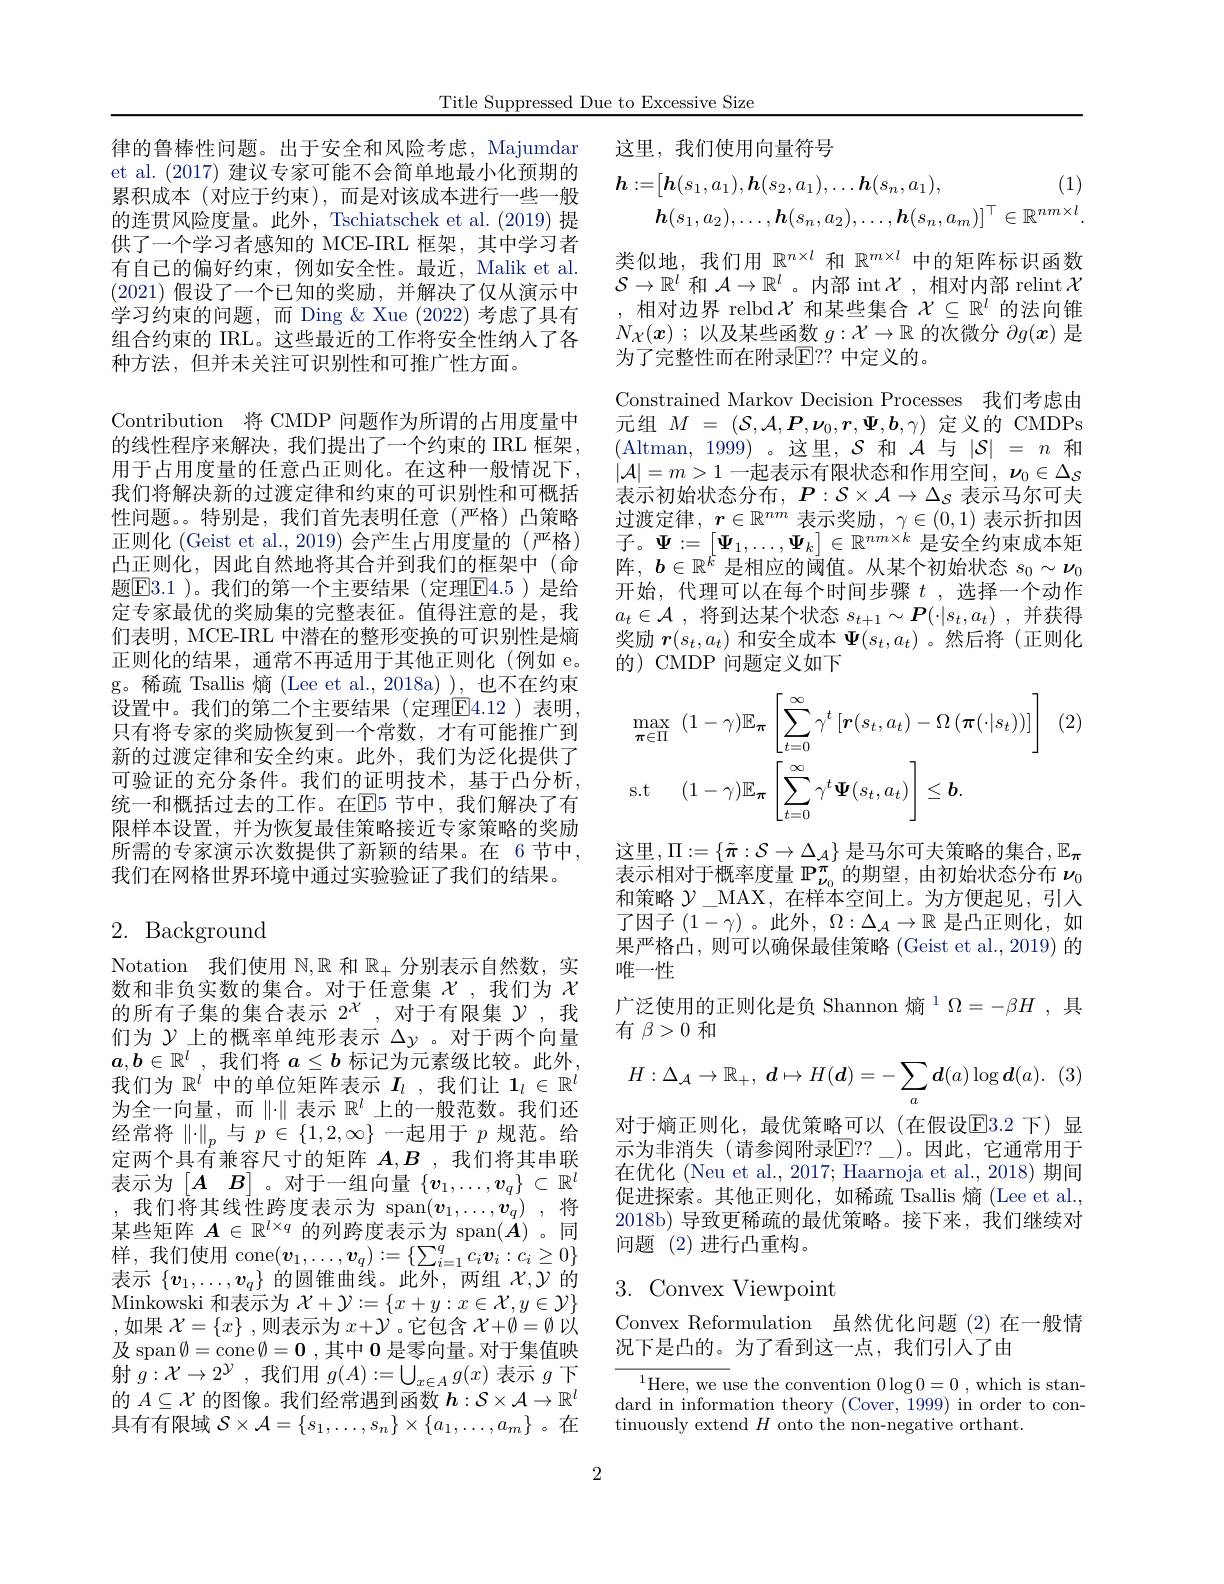
Notation 我们使用$\mathbb{N},\mathbb{R}$和$\mathbb{R}_+$分别表示自然数，实数和非负实数的集合。对于任意集$\chi$ ,我们为$\chi$ 的所有子集的集合表示 2$^{\chi}$,对于有限集$\mathcal{Y}$ ,我们为$\mathcal{Y}$上的概率单纯形表示$\Delta y$ 。对于两个向量$a,b\in\mathbb{R}^l$ ,我们将 $a\leq b$ 标记为元素级比较。此外， 我们为$\mathbb{R}^i$中的单位矩阵表示$I_l$ ,我们让$1_l\in\mathbb{R}^l$ 为全一向量，而$\|\cdot\|$表示$\mathbb{R}^l$上的一般范数。我们还经常将$\|\cdot\|_p$与$p\in\{1,2,\infty\}$一起用于$p$规范。给定两个具有兼容尺寸的矩阵$A,B$ ,我们将其串联表示为$\begin{bmatrix}A&B\end{bmatrix}$。对于一组向量$\{v_1,\ldots,v_q\}\subset\mathbb{R}^l$ ,我们将其线性跨度表示为 span$( \boldsymbol{v}_1, \ldots , \boldsymbol{v}_q) $,将某些矩阵$A\in\mathbb{R}^l\times q$的列跨度表示为 span$(\boldsymbol{A})$ 。同样，我们使用 cone$(\boldsymbol v_1,\ldots,\boldsymbol v_q):=\{\sum_{i=1}^qc_i\boldsymbol v_i:c_i\geq0\}$ 表示$\{v_1,\ldots,v_q\}$的圆锥曲线。此外，两组$\mathcal{X},\mathcal{Y}$的$\mathop{\mathrm{Minkowski~}}$和表示为$\mathcal{X}+\mathcal{Y}:=\{x+y:x\in\mathcal{X},y\in\mathcal{Y}\}$ ,如果$\mathcal{X}=\{x\}$ ,则表示为$x+\mathcal{Y}$ 。它包含$\mathcal{X}+\emptyset=\emptyset$以及 span$\emptyset=$cone$\emptyset=\mathbf{0}$,其中 $\mathbf{0}$ 是零向量。对于集值映射$g:\mathcal{X}\to2^{\mathcal{Y}}$ ,我们用$g(A):=\bigcup_x\in Ag(x)$表示$g$下的$A\subseteq\mathcal{X}$的图像。我们经常遇到函数$h:\mathcal{S}\times\mathcal{A}\to\mathbb{R}^l$ 具有有限域$\mathcal{S}\times\mathcal{A}=\{s_1,\ldots,s_n\}\times\{a_1,\ldots,a_m\}$ 。在

Title Suppressed Due to Excessive Size

律的鲁棒性问题。出于安全和风险考虑，Majumdar et al. (2017) 建议专家可能不会简单地最小化预期的累积成本(对应于约束),而是对该成本进行一些一般的连贯风险度量。此外，Tschiatschek et al.(2019) 提供了一个学习者感知的 MCE-IRL 框架，其中学习者有自己的偏好约束，例如安全性。最近，Malik et al. (2021)假设了一个已知的奖励，并解决了仅从演示中学习约束的问题，而 Ding &Xue (2022) 考虑了具有组合约束的 IRL。这些最近的工作将安全性纳人了各种方法，但并未关注可识别性和可推广性方面。
Contribution 将 CMDP 问题作为所谓的占用度量中的线性程序来解决，我们提出了一个约束的 IRL 框架， 用于占用度量的任意凸正则化。在这种一般情况下， 我们将解决新的过渡定律和约束的可识别性和可概括性问题。。特别是，我们首先表明任意(严格)凸策略正则化 (Geist et al., 2019) 会产生占用度量的 (严格) 凸正则化，因此自然地将其合并到我们的框架中(命题$\boxed{\mathrm{F3.1~}}$)。我们的第一个主要结果(定理$\boxed{\mathrm{F4.5~}}$)是给定专家最优的奖励集的完整表征。值得注意的是，我们表明，MCE-IRL 中潜在的整形变换的可识别性是熵正则化的结果，通常不再适用于其他正则化(例如 e。g。稀疏 Tsallis 熵(Lee et al.,2018a) ),也不在约束设置中。我们的第二个主要结果(定理$\overline{\mathrm{E}}4.12$)表明只有将专家的奖励恢复到一个常数，才有可能推广到新的过渡定律和安全约束。此外，我们为泛化提供了可验证的充分条件。我们的证明技术，基于凸分析。统一和概括过去的工作。在$\mathbb{E}$5 节中，我们解决了有限样本设置，并为恢复最佳策略接近专家策略的奖励所需的专家演示次数提供了新颖的结果。在 6节中， 我们在网格世界环境中通过实验验证了我们的结果。
2. Background

这里，我们使用向量符号
$$\begin{aligned}\boldsymbol{h}:=&\begin{bmatrix}\boldsymbol{h}(s_1,a_1),\boldsymbol{h}(s_2,a_1),\ldots\boldsymbol{h}(s_n,a_1),&(1)\\\boldsymbol{h}(s_1,a_2),\ldots,\boldsymbol{h}(s_n,a_2),\ldots,\boldsymbol{h}(s_n,a_m)\end{bmatrix}^{\top}\in\mathbb{R}^{nm\times l}.\end{aligned}$$
类似地，我们用$\mathbb{R}^n\times l$和$\mathbb{R}^m\times l$中的矩阵标识函数$\mathcal{S}\to\mathbb{R}^l$和$\mathcal{A}\to\mathbb{R}^l$ 。内部 int $\mathcal{X}$,相对内部 relint $\mathcal{X}$ ,相对边界 relbd $\mathcal{X}$和某些集合$\mathcal{X}\subseteq\mathbb{R}^l$的法向锥$N_{\mathcal{X}}(\boldsymbol{x})$ ;以及某些函数$g:\mathcal{X}\to\mathbb{R}$的次微分$\partial g(\boldsymbol{x})$是为了完整性而在附录$\mathbb{E}$??中定义的。
Constrained Markov Decision Processes 我们考虑由元组$M=(\mathcal{S},\mathcal{A},\boldsymbol{P},\boldsymbol{\nu}_{0},\boldsymbol{r},\boldsymbol{\Psi},\boldsymbol{b},\gamma)$定义的 CMDPs (Altman, 1999)。这里，$\mathcal{S}$和$\mathcal{A}$与$|\mathcal{S}|=n$和$|\mathcal{A}|=m>1$一起表示有限状态和作用空间$,\boldsymbol{\nu}_0\in\Delta_S$ 表示初始状态分布，$P:\mathcal{S}\times\mathcal{A}\to\Delta_{\mathcal{S}}$表示马尔可夫过渡定律，$r\in \mathbb{R} ^nm$表示奖励，$\gamma \in ( 0, 1)$表示折扣因子。$\Psi:=\begin{bmatrix}\Psi_1,\ldots,\Psi_k\end{bmatrix}\in\mathbb{R}^{nm\times k}$是安全约束成本矩阵$,b\in\mathbb{R}^k$ 是相应的阈值。从某个初始状态 $s_0\sim\boldsymbol{\nu}_0$ 开始，代理可以在每个时间步骤$t$ ,选择一个动作$a_t\in \mathcal{A}$ , 将 到 达 某 个 状 态 $s_{t+ 1}\sim \boldsymbol{P}( \cdot | s_t, a_t)$ ,并获得奖励$\boldsymbol r(s_t,a_t)$和安全成本$\Psi(s_t,a_t)$ 。然后将(正则化的) CMDP 问题定义如下
$$\begin{aligned}&\max_{\pi\in\Pi}\:(1-\gamma)\mathbb{E}_{\pi}\left[\sum_{t=0}^{\infty}\gamma^{t}\left[\boldsymbol{r}(s_{t},a_{t})-\Omega\left(\boldsymbol{\pi}(\cdot|s_{t})\right)\right]\right]\\&\mathrm{s.t}\quad(1-\gamma)\mathbb{E}_{\pi}\left[\sum_{t=0}^{\infty}\gamma^{t}\boldsymbol{\Psi}(s_{t},a_{t})\right]\leq\boldsymbol{b}.\end{aligned}$$
(2

这里$,\Pi:=\{\tilde{\pi}:\mathcal{S}\to\Delta_{\mathcal{A}}\}$是马尔可夫策略的集合$,\mathbb{E}_\pi$ 表示相对于概率度量$\mathbb{P}_{\nu_0}^\pi$的期望 ,由初始状态分布$\nu_0$ 和策略$\mathcal{Y}\_$MAX,在样本空间上。为方便起见，引人了因子$(1-\gamma)$。此外，$\Omega:\Delta_\mathcal{A}\to\mathbb{R}$是凸正则化，如果严格凸，则可以确保最佳策略 (Geist et al., 2019) 的唯一性
广泛使用的正则化是负 Shannon 熵$^1\Omega=-\beta H$,具
有$\beta>0$和
$$H:\Delta_A\to\mathbb{R}_+,\:\boldsymbol{d}\mapsto H(\boldsymbol{d})=-\sum_a\boldsymbol{d}(a)\log\boldsymbol{d}(a).$$
对于熵正则化，最优策略可以(在假设E3.2 下)显示为非消失 (请参阅附录$\mathbb{E}??\_$)。因此，它通常用于在优化 (Neu et al., 2017; Haarnoja et al., 2018) 期间促进探索。其他正则化，如稀疏 Tsallis 熵 (Lee et al., 2018b) 导致更稀疏的最优策略。接下来，我们继续对问题(2)进行凸重构。

# 3.Convex Viewpoint

Convex Reformulation 虽然优化问题 (2)在一般情
况下是凸的。为了看到这一点，我们引人了由

$^{1}$Here, we use the convention $0\log0=0$, which is standard in information theory (Cover, 1999) in order to continuously extend $H$ onto the non-negative orthant.

2